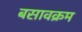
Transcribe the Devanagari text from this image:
बसावक्रम